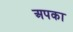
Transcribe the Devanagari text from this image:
अपका